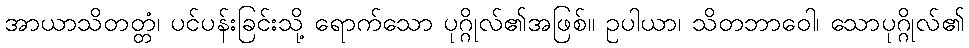
အာယာသိတတ္တံ၊ ပင်ပန်းခြင်းသို့ ရောက်သော ပုဂ္ဂိုလ်၏အဖြစ်။ ဥပါယာ၊ သိတဘာဝေါ၊ သောပုဂ္ဂိုလ်၏